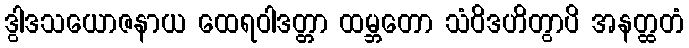
ဒွါဒသယောဇနာယ ထေရဝါဒတ္တာ ထမ္ဘတော သံဝိဒဟိတွာပိ အနတ္ထတံ